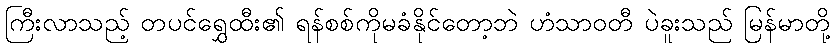
ကြီးလာသည့် တပင်ရွှေထီး၏ ရန်စစ်ကိုမခံနိုင်တော့ဘဲ ဟံသာဝတီ ပဲခူးသည် မြန်မာတို့